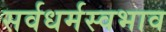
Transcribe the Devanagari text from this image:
सर्वधर्मस्वभाव